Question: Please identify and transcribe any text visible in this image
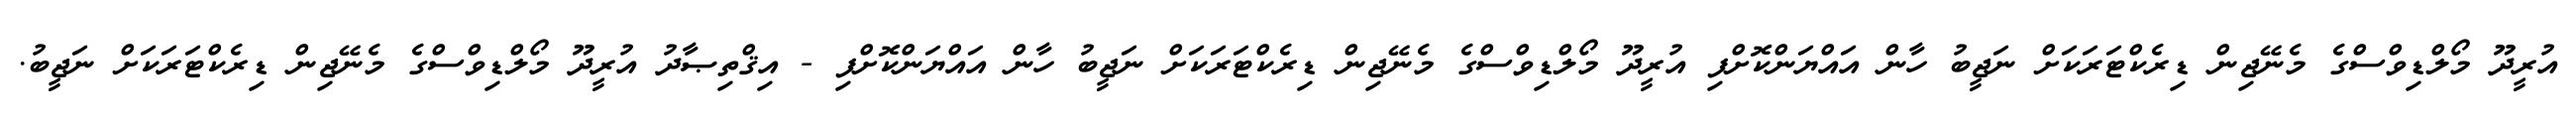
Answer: އުރީދޫ މޯލްޑިވްސްގެ މެނޭޖިން ޑިރެކްޓަރަކަށް ނަޖީބު ހާން އައްޔަންކޮށްފި އުރީދޫ މޯލްޑިވްސްގެ މެނޭޖިން ޑިރެކްޓަރަކަށް ނަޖީބު ހާން އައްޔަންކޮށްފި - އިޤްތިޞާދު އުރީދޫ މޯލްޑިވްސްގެ މެނޭޖިން ޑިރެކްޓަރަކަށް ނަޖީބު.